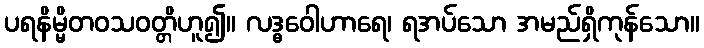
ပရနိမ္မိတဝသဝတ္တိဟူ၍။ လဒ္ဓဝေါဟာရေ၊ ရအပ်သော အမည်ရှိကုန်သော။